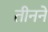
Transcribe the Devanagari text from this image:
तीनने